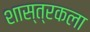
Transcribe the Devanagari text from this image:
शास्त्रकला